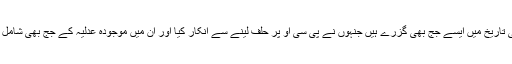
سچ یہ ہے کہ پاکستان کی تاریخ میں ایسے جج بھی گزرے ہیں جنہوں نے پی سی او پر حلف لینے سے انکار کیا اور ان میں موجودہ عدلیہ کے جج بھی شامل ہیں جن پر ہمیں فخر ہے۔